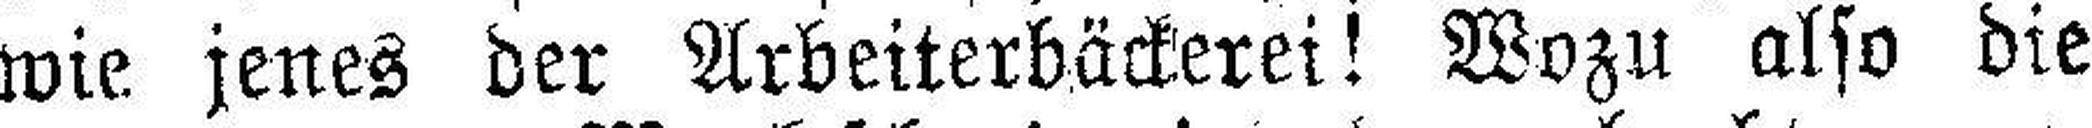
wie jenes der Arbeiterbäckerei! Wozu also die